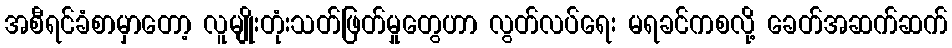
အစီရင်ခံစာမှာတော့ လူမျိုးတုံးသတ်ဖြတ်မှုတွေဟာ လွတ်လပ်ရေး မရခင်ကစလို့ ခေတ်အဆက်ဆက်